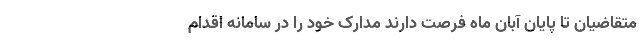
متقاضیان تا پایان آبان ماه فرصت دارند مدارک خود را در سامانه اقدام